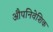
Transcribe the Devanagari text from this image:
औपनिवेशिक